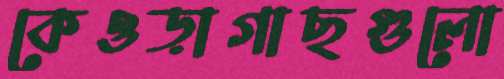
কেওড়াগাছগুলো